Scotch Education Department, 1915
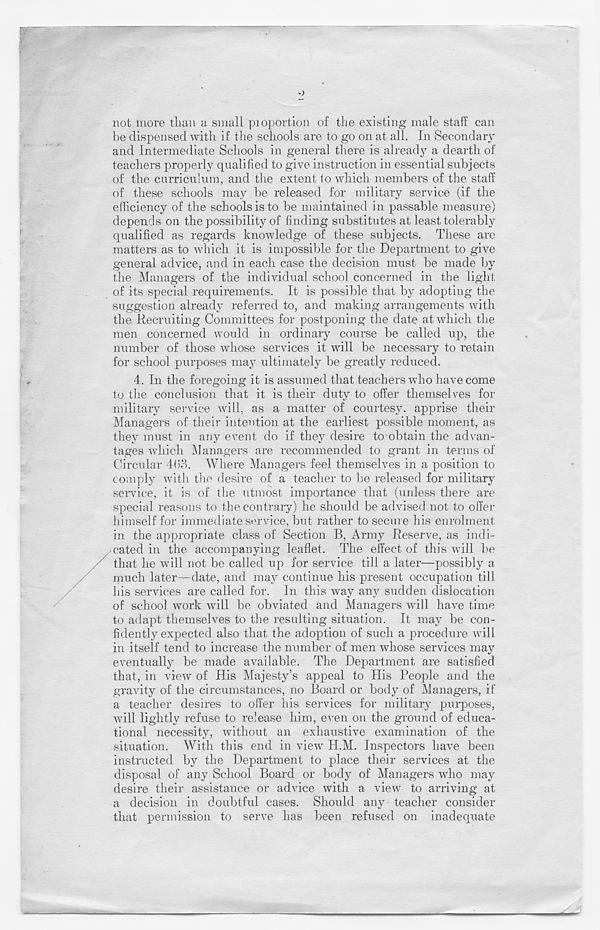
not more than a small proportion of the existing male staff can
he dispensed with if the schools are to go on at all. In Secondary
and Intermediate Schools in general there is already a dearth of
teachers properly qualified to give instruction in essential subjects
of the curriculum, and the extent to which members of the staff
of these schools may be released for military service (if the
efficiency of the schools is to be maintained in passable measure)
depends on the possibility of finding substitutes at least tolerably
qualified as regards knowledge of these subjects. These are
matters as to which it is impossible for the Department to give
general advice, and in each case the decision must be made by
the Managers of the individual school concerned in the light
of its special requirements. It is possible that by adopting the
suggestion already referred to, and making arrangements with
the Recruiting Committees for postponing the date at which the
men concerned would in ordinary course be called up, the
number of those whose services it will be necessary to retain
for school purposes may ultimately be greatly reduced.
4. In the foregoing it is assumed that teachers who have come
to the conclusion that it is their duty to offer themselves for
military service will, as a matter of courtesy, apprise their
Managers of their intention at the earliest possible moment, as
they must in any event do if they desire to obtain the advan-
tages which Managers are recommended to grant in terms of
Circular 4b3. Where Managers feel themselves in a position to
comply with the desire of a teacher to be released for military
service, it is of the utmost importance that (unless there are
special reasons to the contrary) he should be advised not to offer
himself for immediate service, but rather to secure his enrolment
in the appropriate class of Section B, Army Reserve, as indi-
cated in the accompanying leaflet. The effect of this will be
that he will not be called up for service till a later—possibly a
much later—date, and may continue his present occupation till
his services are called for. In this way any sudden dislocation
of school work Avill be obviated and Managers will have time
to adapt themselves to the resulting situation. It may be con-
fidently expected also that the adoption of such a procedure will
in itself tend to increase the number of men whose services may
eventually be made available. The Department are satisfied
that, in A r iew of His Majesty’s appeal to His People and the
gravity of the circumstances, no Board or body of Managers, if
a teacher desires to offer his services for military purposes,
will lightly refuse to release him, even on the ground of educa-
tional necessity, without an exhaustive examination of the
situation. With this end in view H.M. Inspectors have been
instructed by the Department to place their services at the
disposal of any School Board or body of Managers who may
desire their assistance or advice with a view to arriving at
a decision in doubtful cases. Should any teacher consider
that permission to serve has been refused on inadequate